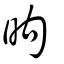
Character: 昫